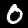
Label: 0